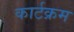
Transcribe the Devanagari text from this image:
कार्टक्रम